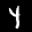
Label: 4